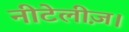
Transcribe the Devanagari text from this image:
नीटेलीज़।